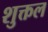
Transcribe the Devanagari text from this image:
शुक्तल